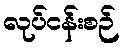
လုပ်ငန်းစဉ်